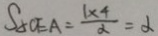
S _ { \Delta C E A } = \frac { 1 \times 4 } { \alpha } = \alpha